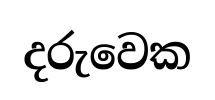
දරුවෙක